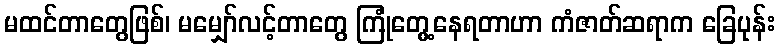
မထင်တာတွေဖြစ်၊ မမျှော်လင့်တာတွေ ကြုံတွေ့နေရတာဟာ ကံဇာတ်ဆရာက ခြေပုန်း